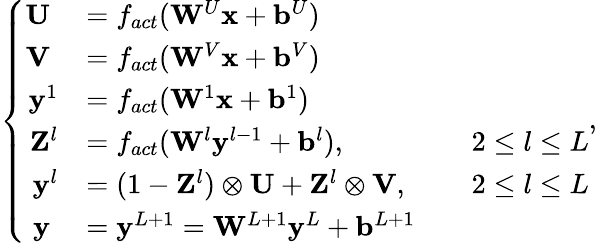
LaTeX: \left\{ \begin{array}{rlrl}{\mathbf{U}\; }&{=f_{act}(\mathbf{W}^{U}\mathbf{x}+\mathbf{b}^{U})}&&{}\\ {\mathbf{V}\; }&{=f_{act}(\mathbf{W}^{V}\mathbf{x}+\mathbf{b}^{V})}&&{}\\ {\mathbf{y}^{1}}&{=f_{act}(\mathbf{W}^{1}\mathbf{x}+\mathbf{b}^{1})}&&{}\\ {\mathbf{Z}^{l}}&{=f_{act}(\mathbf{W}^{l}\mathbf{y}^{l-1}+\mathbf{b}^{l}),}&&{2\le l\le L}\\ {\mathbf{y}^{l}}&{=(1-\mathbf{Z}^{l})\otimes\mathbf{U}+\mathbf{Z}^{l}\otimes\mathbf{V},}&&{2\le l\le L}\\ {\mathbf{y}\; }&{=\mathbf{y}^{L+1}=\mathbf{W}^{L+1}\mathbf{y}^{L}+\mathbf{b}^{L+1}}&&{}\end{array}\right.,